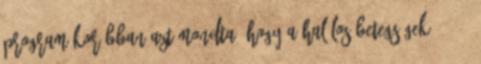
program Korábban azt mondta, hogy a halálos betegségek 70-80.